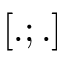
[ . ; . ]